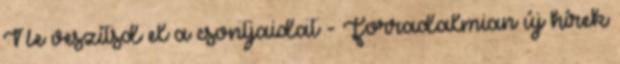
Ne veszítsd el a csontjaidat - Forradalmian új hírek